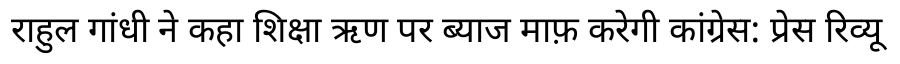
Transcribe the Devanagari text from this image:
राहुल गांधी ने कहा शिक्षा ऋण पर ब्याज माफ़ करेगी कांग्रेस: प्रेस रिव्यू